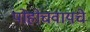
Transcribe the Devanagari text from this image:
पोहोचवायचे